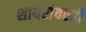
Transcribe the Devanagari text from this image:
शायरांवरही